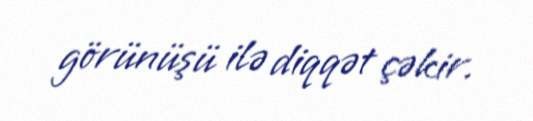
görünüşü ilə diqqət çəkir.